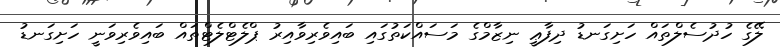
ލޭގެ ހުދުސެލްތައް ހަށިގަނޑު ދިފާޢީ ނިޒާމްގެ މަސައްކަތުގައި ބައިވެރިވާއިރު ޕްލެޓްލެޓްތައް ބައިވެރިވަނީ ހަށިގަނޑު